Vaccination North-Western Provinces and Oudh 1878-1895 - 1878-1895
Year: 1878
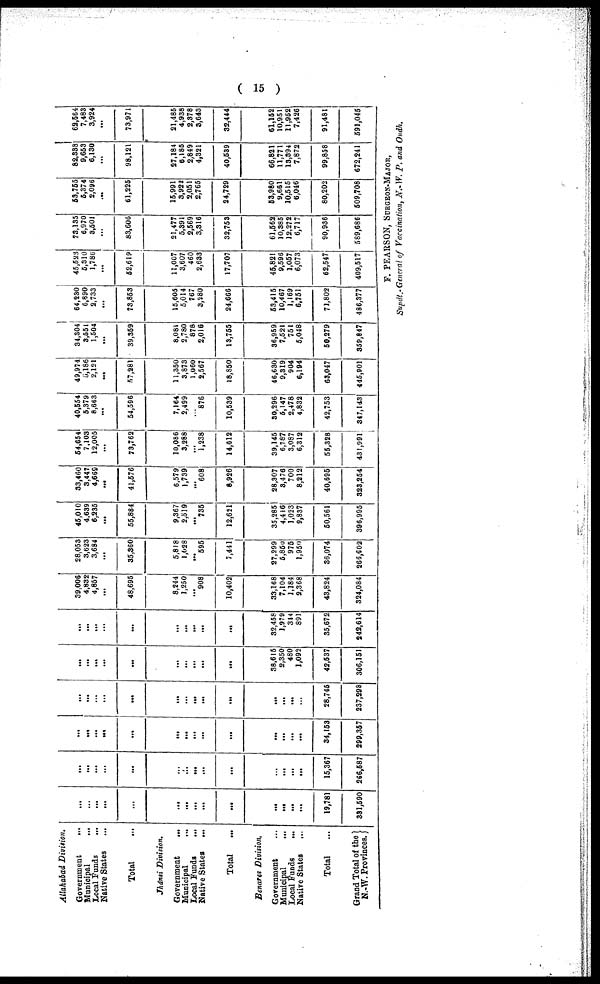
( 15 )
Allahabad Division.
Government
...
Municipal
...
Local Funds ...
Native States ...
Total ...
Jhánsi Division.
Government
...
Municipal
...
Local Funds
...
Native States
...
Total ...
Benares Division,
Government ...
Municipal
...
Local Funds
...
Native States ...
Total ...
Grand Total of the
N.-W. Provinces.
...
...
...
...
...
...
...
...
...
...
...
...
...
...
19,781
331,590
...
...
...
...
...
...
...
...
...
...
...
...
...
...
15,367
266,587
...
...
...
...
...
...
...
...
...
...
...
...
...
...
34,153
299,357
...
...
...
...
...
...
...
...
...
...
...
...
...
...
28,745
237,298
...
...
...
...
...
...
...
...
...
...
38,615
2,350
480
1,092
42,537
306,151
...
...
...
...
...
...
...
...
...
...
32,458
1,979
344
891
35,672
242,614
39,006
4,832
4,857
...
48,695
8,244
1,250
...
908
10,402
33,168
7,104
1,184
2,368
43,824
324,084
28,053
3,623
3,684
...
35,360
5,818
1,028
...
595
7,441
27,299
5,850
975
1,950
36,074
266,602
45,010
4,639
6,235
...
55,884
9,367
2,519
...
735
12,621
35,285
4,416
1,023
9,837
50,561
396,995
33,460
3,447
4,669
...
41,576
6,579
1,739
...
608
8,926
28,307
8,476
700
8,212
40,695
323,254
54,654
7,103
12,005
...
73,762
10,086
3,288
...
1,238
14,612
39,145
6,787
3,087
6,312
55,328
431,991
40,554
5,379
8,663
...
54,596
7,164
2,499
...
876
10,539
30,296
5,147
2,478
4,832
42,753
347,143
49,974
5,186
2,121
...
57,281
11,350
3,873
1,060
2,567
18,850
46,630
9,319
904
6,194
63,047
445,901
34,304
3,551
1,504
...
39,359
8,081
2,780
878
2,016
13,755
36,959
7,521
751
5,048
50,279
359,847
64,230
6,890
2,733
...
73,853
15,605
5,014
767
3,280
24,666
53,415
10,467
1,169
6,751
71,802
486,377
45,523
5,310
1,786
...
52,619
11,007
3,607
460
2,633
17,707
45,821
9,596
1,057
6,073
62,547
409,517
73,135
6,970
8,501
...
83,606
21,477
5,391
2,569
3,316
32,753
61,562
10,385
12,272
6,717
90,936
589,686
53,755
5,374
2,096
...
61,225
15,991
3,922
2,051
2,765
24,729
53,980
9,661
10,515
6,046
80,202
509,708
82,388
9,653
6,130
...
98,121
27,184
6,185
2,849
4,321
40,539
66,821
11,771
13,894
7,872
99,858
672,241
62,564
7,483
3,924
...
73,971
21,485
4,938
2,378
3,643
32,444
61,152
10,951
11,952
7,426
91,481
591,045
F. PEARSON, SURGEON-MAJOR,
Supdt.-General of Vaccination, N.-W. P. and Oudh.